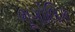
ભૂગોલિક